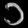
Digit: ၁